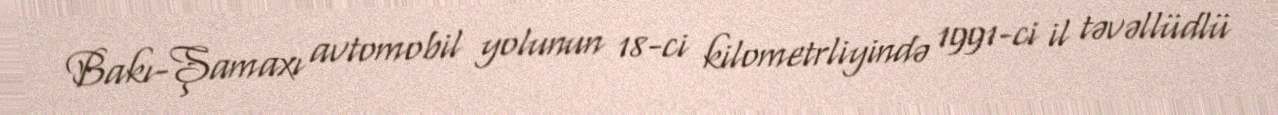
Bakı-Şamaxı avtomobil yolunun 18-ci kilometrliyində 1991-ci il təvəllüdlü